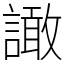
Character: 譀